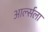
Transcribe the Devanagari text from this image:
आर्ल्सला